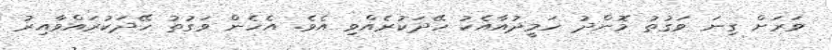
ވަރަށް ގިނަ ވަގުތު މޮންދު ހަމީދުއާއެކު ހޭދަކުރެއްވި އެވެ. އެހެން ވަގުތު ހޭދަކުރައްވާއިރު